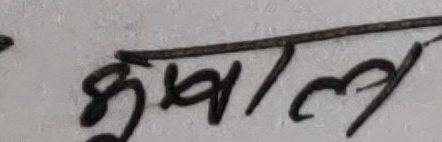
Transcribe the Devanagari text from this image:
कुशल